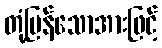
တုံ့ပြန်သောအားဖြင့်